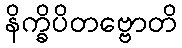
နိက္ခိပိတဗ္ဗောတိ